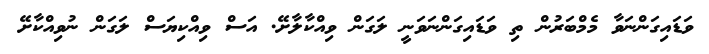
ވަޑައިގަންނަވާ މެމްބަރުން ތި ވަޑައިގަންނަވަނީ ލަގަން ވިއްކާލާށޭ. އަސް ވިއްކިޔަސް ލަގަން ނުވިއްކާށޭ